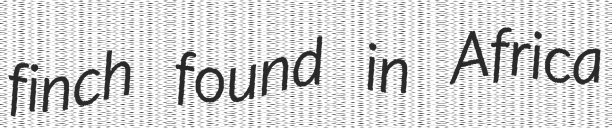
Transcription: finch found in Africa